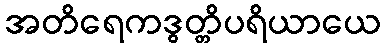
အတိရေကဒွတ္တိပရိယာယေ